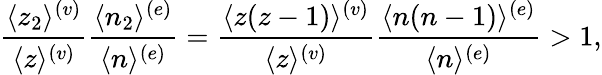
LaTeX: {\frac{\langle z_{2}\rangle^{(v)}}{\langle z\rangle^{(v)}}}{\frac{\langle n_{2}\rangle^{(e)}}{\langle n\rangle^{(e)}}}={\frac{\langle z(z-1)\rangle^{(v)}}{\langle z\rangle^{(v)}}}{\frac{\langle n(n-1)\rangle^{(e)}}{\langle n\rangle^{(e)}}}>1,